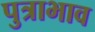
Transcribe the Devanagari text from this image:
पुत्राभाव